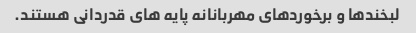
لبخندها و برخوردهای مهربانانه پایه های قدردانی هستند.